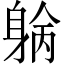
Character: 𨉓